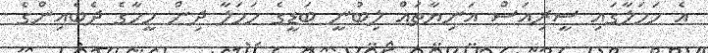
އެ ހަމަލާގައި ސީރިއަސް އަނިޔާތައް ލިބުނީ ބަޑީގެ ހަމަލާ ދިން މީހާގެ ދެބެއިންގެ